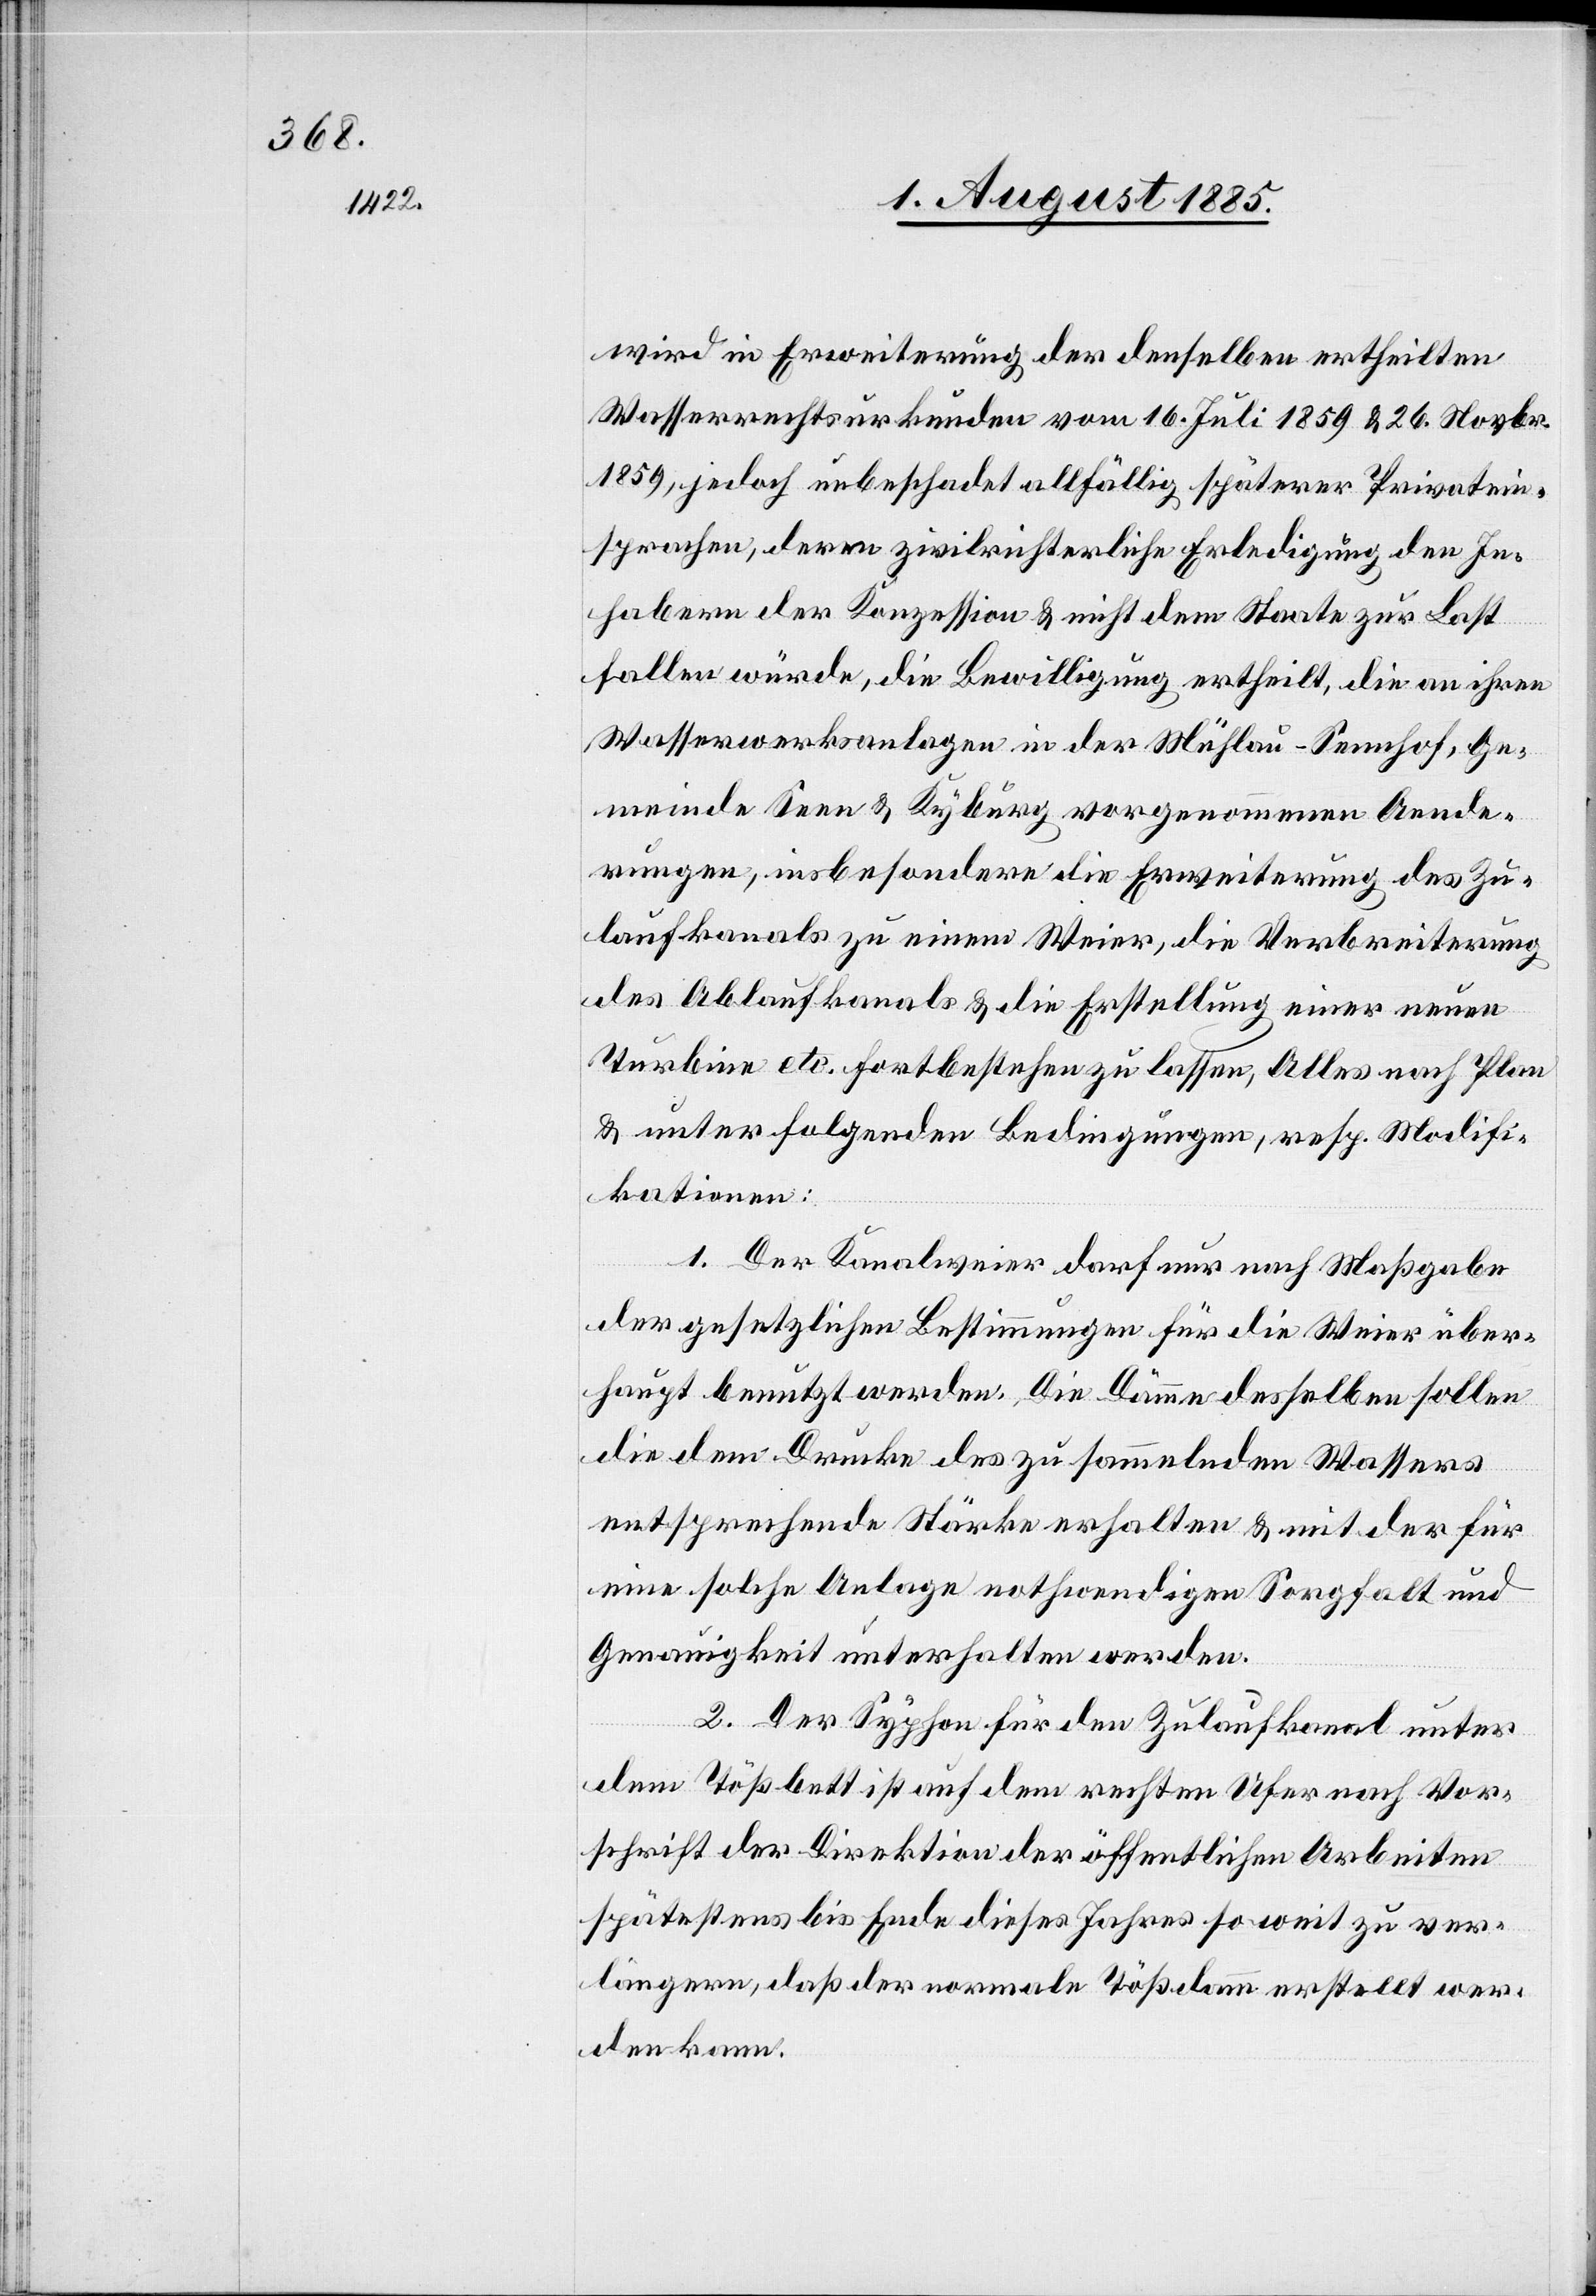
wird in Erweiterung der denselben ertheilten
Wasserrechtsurkunden vom 16. Juli 1859 & 26. Novbr.
1859, jedoch unbeschadet allfällig späterer Privatein¬
sprachen, deren zivilrichterliche Erledigung den In¬
habern der Konzession & nicht dem Staate zur Last
fallen würde, die Bewilligung ertheilt, die an ihre
Wasserwerksanlagen in der Mühlau - Sennhof, Ge¬
meinde Seen & Kyburg vorgenommenen Aende¬
rungen, insbesondere die Erweiterung des Zu¬
laufkanals zu einem Weier, die Verbreiterung
des Ablaufkanals & die Ertheilung einer neuen
Turbine etc. fortbestehen zu lassen, Alles nach Plan
& unter folgenden Bedingungen, resp. Modifi¬
kationen:
1. Der Kanalweier darf nur nach Maßgabe
der gesetzlichen Bestimmungen für die Weier über¬
haupt benutzt werden. Die Dämme desselben sollen
die dem Drucke des zu sammelnden Wassers
entsprechende Stärke erhalten & mit der für
eine solche Anlage nothwendigen Sorgfalt und
Genauigkeit unterhalten werden.
2. Der Syphon für den Zulaufkanal unter
dem Tößbett auf dem rechten Ufer nach Vor¬
schrift der Direktion der öffentlichen Arbeiten
spätestens bis Ende dieses Jahres so weit zu ver¬
längern, daß der normale Tößdamm erstellt wer¬
den kann.